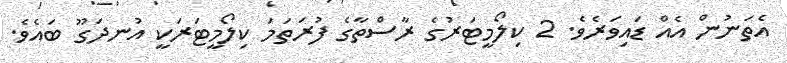
އެތަނުން އެއް ޑައިވަރެވެ. 2 ކިލޯމީޓަރުގެ ރާސްތާގެ ފުރަތަމަ ކިލޯމީޓަރަކީ އުނދަގޫ ބައެވެ.